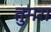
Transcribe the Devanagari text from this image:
तुमरा